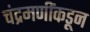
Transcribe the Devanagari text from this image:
चंद्रमणींकडून